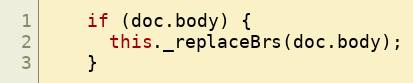
Language: JavaScript
    if (doc.body) {
      this._replaceBrs(doc.body);
    }